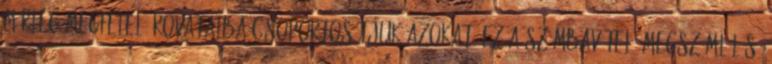
mérleg megfelelő rovataiba csoportosítjuk azokat. Ez a számbavétel, megszámlálás,